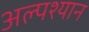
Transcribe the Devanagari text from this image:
अल्पश्यान